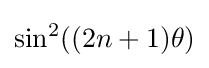
\sin ^{2}((2n+1)\theta )\,\!